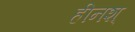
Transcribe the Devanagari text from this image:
हीनश्